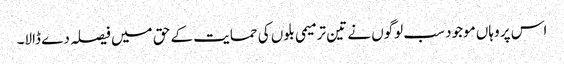
اس پر وہاں موجود سب لوگوں نے تین ترمیمی بلوں کی حمایت کے حق میں فیصلہ دے ڈالا۔